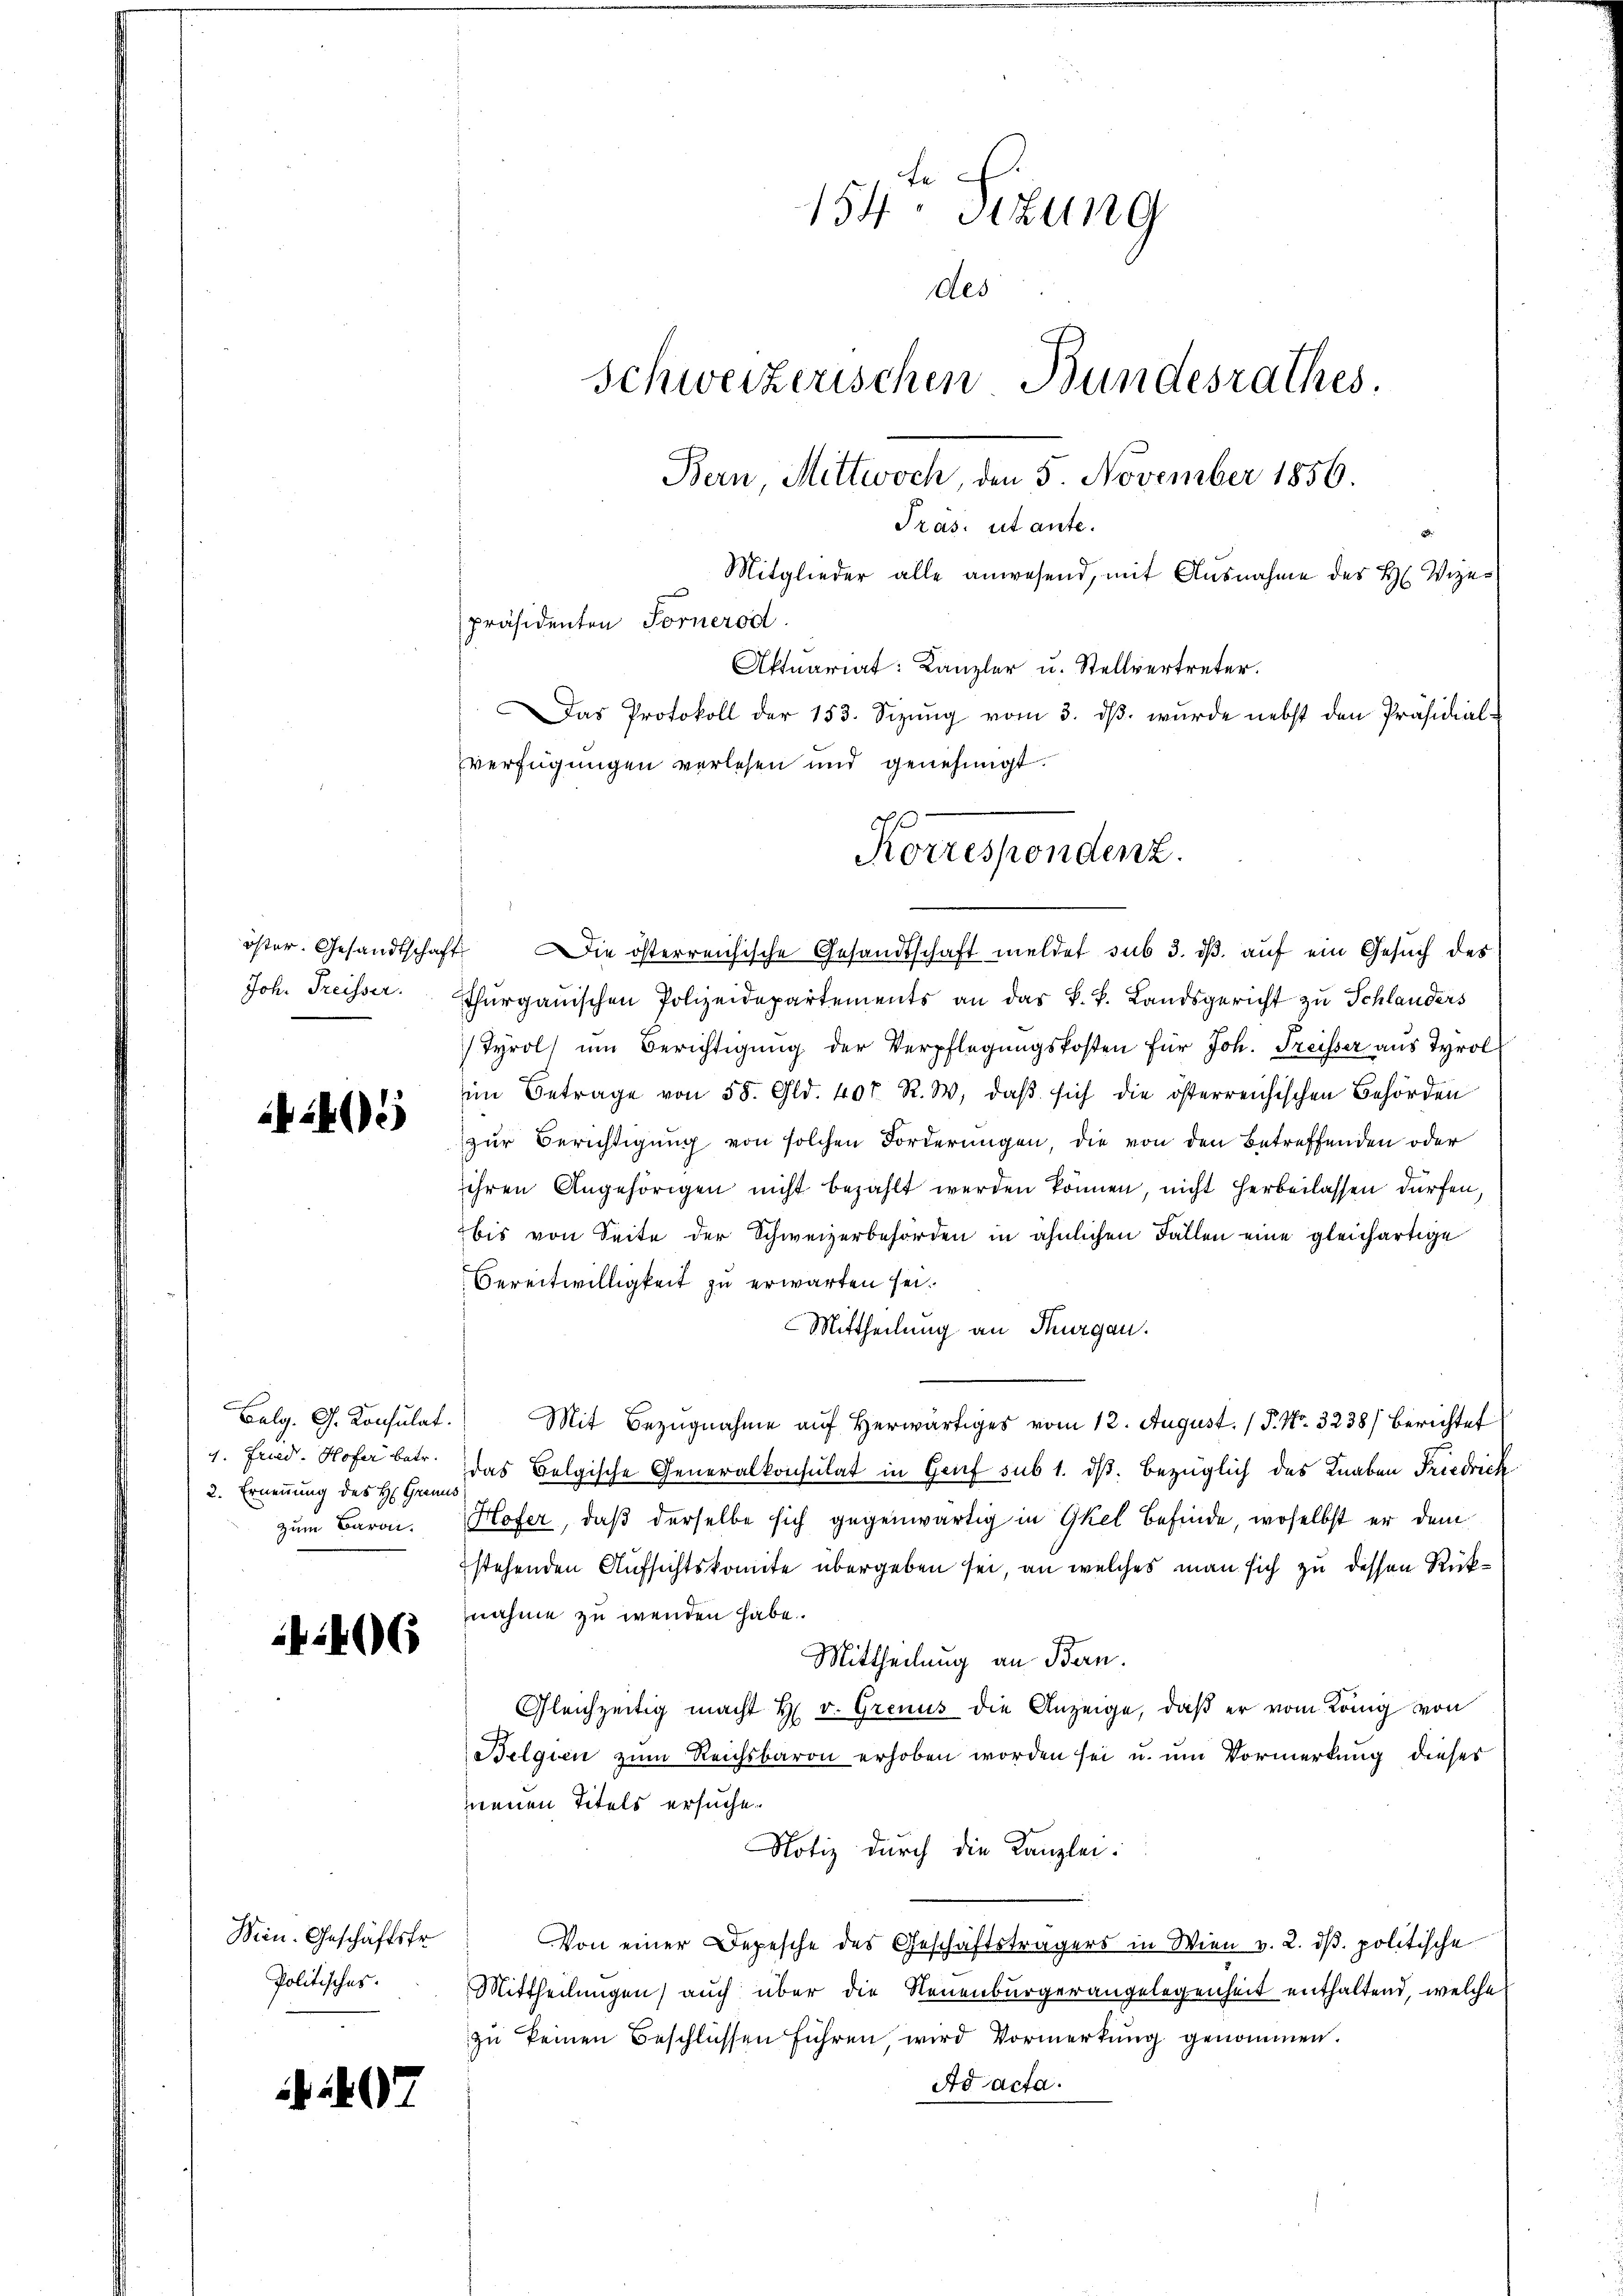
Joh. Freisser.

Bulg. G. Konsulat.
1. Fried. Hofer betr.
2. Ernennung des H. Granus
zum Baron.

6

Politisches.

7

154. Sitzung
des
Schweizerischen Bundesrathes.
Bern, Mittwoch, den 5. November 1856.
Pras. ut ante.
2
Mitglieder alle anwesend, mit Ausnahme des H. Vizer
f
präsidenten Fornerod.
Aktuariat: Kanzler u. Stellvertreter.
Das Protokoll der 153. Sizŭng vom 3. dβ. wŭrde nebst den Präsidial-
verfügungen verlesen und genehmigt.

öster. Gesandtschaft Die österreichische Gesandtschaft meldet sub 3. dß. auf ein Gesuch des
Thurgauischen Polizeidepartements an das k. k. Landsgericht zu Schlanders
Tyrol ŭm Berichtigŭng der Verpflegŭngskosten für Joh. Freisser aus Tyrol
im Betrage von 58. Gld. 407. R. W. daβ sich die österreichischen Behörden
zŭr Berichtigŭng von solchen Forderŭngen, die von den Betreffenden oder
ihren Angehörigen nicht bezahlt werden können, nicht herbeilassen dürfen,
bis von Seite der Schweizerbehörden in ähnlichen Fällen eine gleichartige
Bereitwilligkeit zu erwarten sei.
Mittheilung an Thurgau.
Mit Bezugnahme auf Herwärtiges vom 12. August. ( P. Nr. 3238) Berichtet
das Belgische Generalkonsulat in Grief sub 1. ds. bezüglich des Knaben Friedrich
Hofer, daß derselbe sich gegenwärtig in Gkel befinde, woselbst er dem
stehenden Aufsichtskomite übergeben sei, an welches man sich zu dessen Rüknahme zu wenden habe.
Mittheilung an Bern.
Gleichzeitig macht H. v. Grenus die Anzeige, daß er vom König von
Belgien zum Reichsbaron erhoben worden sei u. um Vormerkung dieses
nenen Titels ersuche.
Notiz durch die Kanzlei:
Nein. Geschäftsfr. Von einer Depesche des Geschäftsträgers in Wien v. 2. dβ. politische
Mittheilungen, auch über die Neuenburgerangelegenheit enthaltend, welche
zu keinen Beschlüssen führen, wird Vormerkung genommen.
Ad acta.

Korrespondenz.